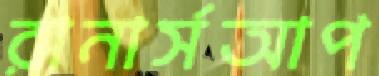
রানার্সআপ